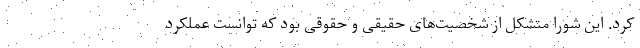
کرد. این شورا متشکل از شخصیت‌های حقیقی و حقوقی بود که توانست عملکرد